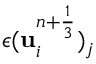
\boldsymbol { \epsilon } ( \mathbf u _ { i } ^ { n + \frac { 1 } { 3 } } ) _ { j }